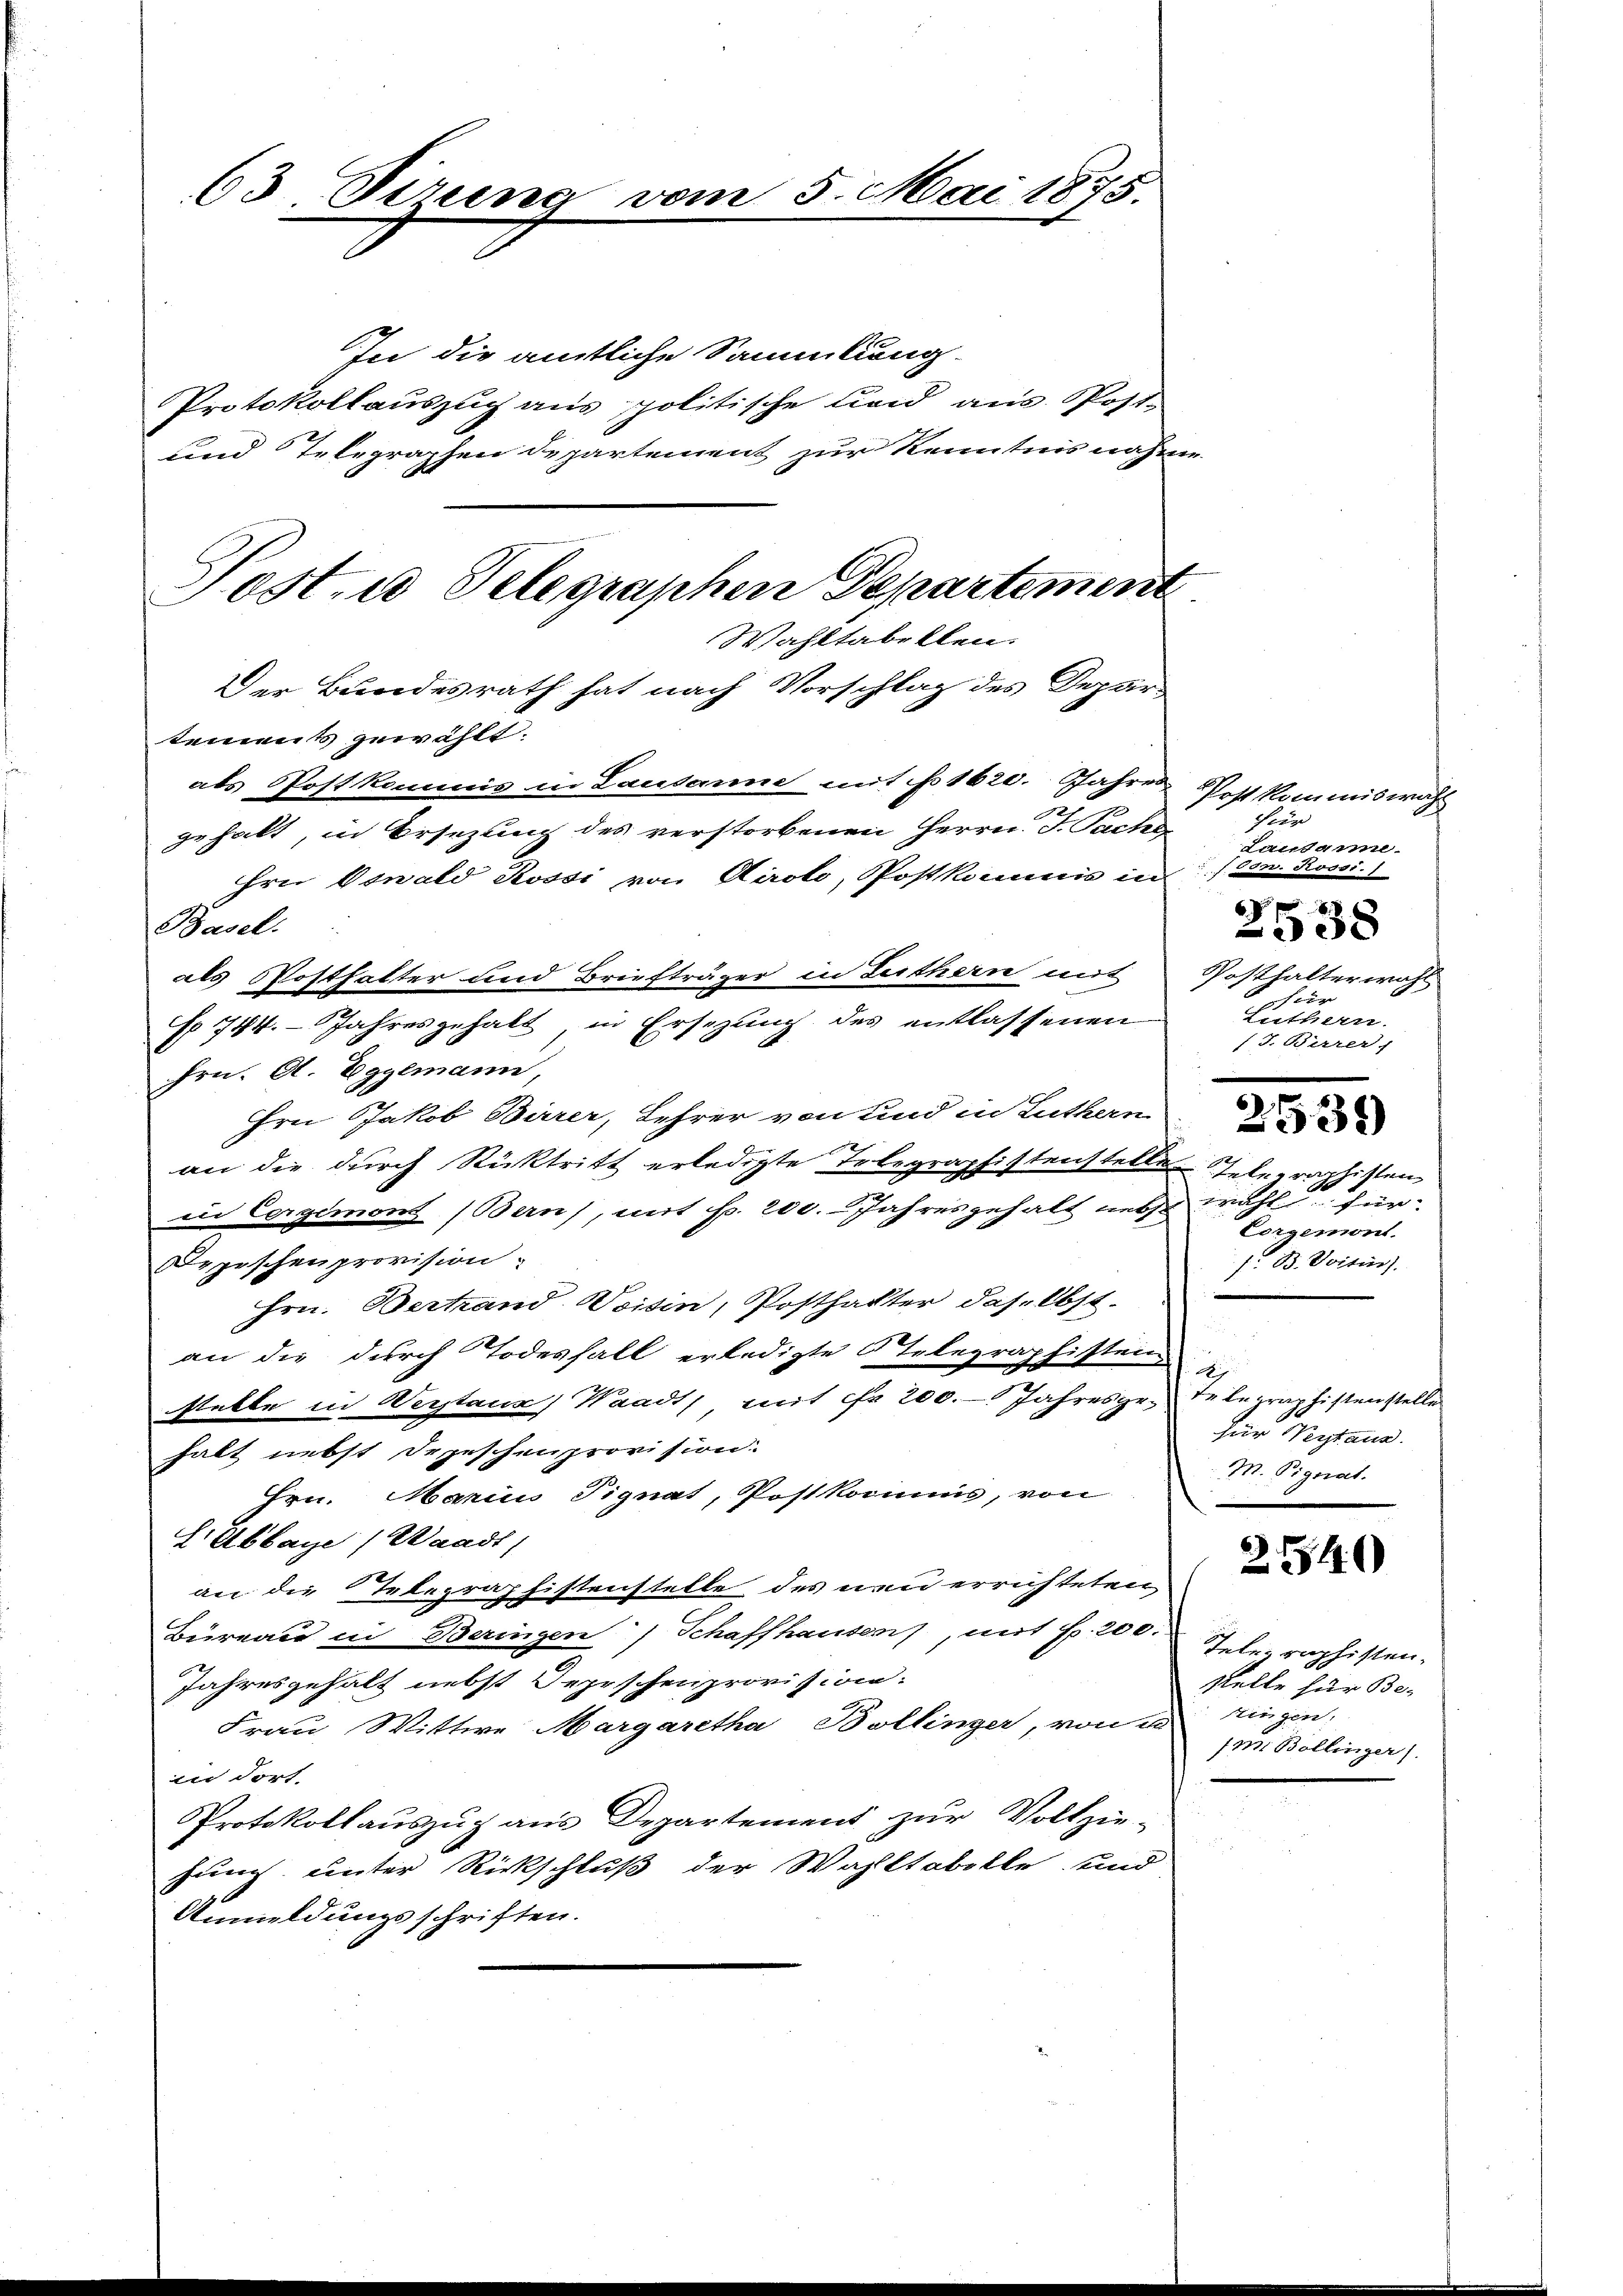
63. Direct

Post. Telegraphen Departement
Wahltabellen.
Der Bundesrath hat nach Vorschlag des Depar-

In die amtliche Sammlung-
Protokollauszug aus politische Land aus Post-
und Telegraphen Departement zur Kenntnis nahme
tements gewählt.
als Postkommis in Lausanne mit No 1620. Jahres Post kommiswah
gehalt, in Ersezung des verstorbenen Herrn F. Sachs
hrn. Oswald Rossi von Airolo, Postkommis in 1000. Rossi.
Basel.
als Posthalter und Briefträger in Leithern mit Posthalterwahl
s 744. Jahresgehalt, in Ersezung des entlassenen
Frn. A. Egglmann,
Hrn Jakob Birrer, Lehrer von und in Luthern
an die durch Rücktritt erledigte Telegraphistenstelle Telegraphisten
iie Cergemons (Bern), mit Fr. 200. Jahresgehalt nebst wahl für
Depischenprovision.
Hrn. Verhand Woisin, Posthafter daselbst.
an die durch Todesfall erledigte Telegraphistein
stelle in Verstanz, Waadt, mit fr 200. Jahres pro Telegraphistenstelle
halt nebst Depeschenprovision.
Hrn. Marici Fignat, Postkommis, von
LAbbaye / Waadt,
an die Telegraphistenstelle des neu errichteten
Büreau in Beringen / Schaffhausen, mit fr. 200. Tele raphisten-
Jahresgehalt nebst Depeschenprovision.
Frau Wittwe Margaretha Bollinger, von u
in dorf
Protokollauszug aus Departement zur Vollzie-
hung unter Rückschluß der Wahltabelle und
Anmeldungsschriften.

am 5. Mai 1875.

für
Lausanne.
6
38
1 für
Luthern.
f J. Werrer

2539)

Vorgemont.
f. B. Voiten.

h
für Vertaus
M. Pignat.

2540

Stelle für Be-
kingen:
Imm. Bollinger)